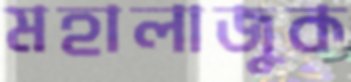
মহালাজুক